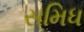
સમિધ